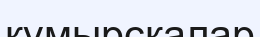
құмырсқалар